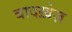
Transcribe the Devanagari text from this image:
बादख़ेज़